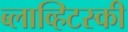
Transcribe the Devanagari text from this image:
ब्लाव्हिटस्‍की